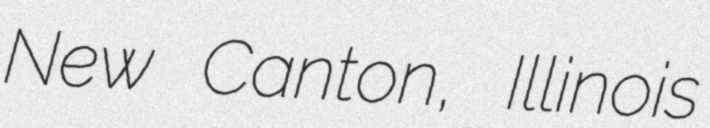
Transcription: New Canton, Illinois